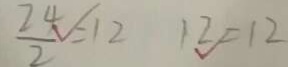
\frac { 2 4 } { 2 } = 1 2 1 2 = 1 2